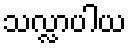
သလ္လာပါယ